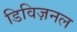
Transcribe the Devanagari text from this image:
डिविज़नल